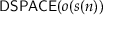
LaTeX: { \mathsf { D S P A C E } } ( o ( s ( n ) )